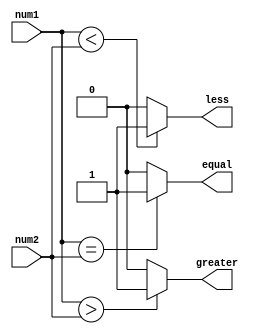
module arithmetic_comparator (
    input [31:0] num1,
    input [31:0] num2,
    output reg greater,
    output reg less,
    output reg equal
);

always @* begin
    greater = (num1 > num2) ? 1'b1 : 1'b0;
    less = (num1 < num2) ? 1'b1 : 1'b0;
    equal = (num1 == num2) ? 1'b1 : 1'b0;
end

endmodule